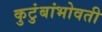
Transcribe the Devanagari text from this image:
कुटुंबांभोवती